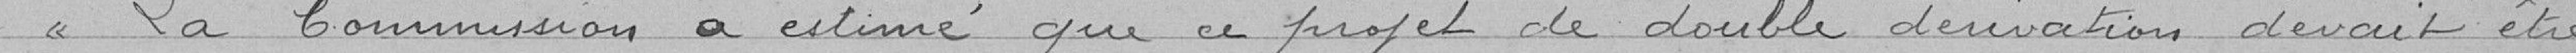
La Commission a estimé que ce projet de double dérivation devait être